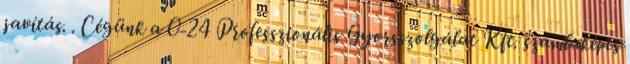
javítás. . Cégünk a 0-24 Professzionális Gyorsszolgálat Kft. számlaképes